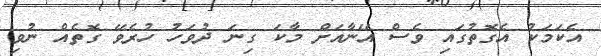
އެކަމަކު އެގޮތުގައި ވެސް އޭނާއަށް މާކަ ގިނަ ދުވަހު ހުރެވޭ ގޮތެއް ނުވި